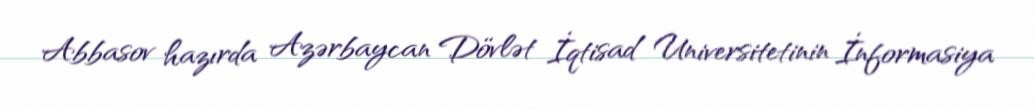
Abbasov hazırda Azərbaycan Dövlət İqtisad Universitetinin İnformasiya